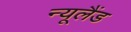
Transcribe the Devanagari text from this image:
न्‍यूलैंड